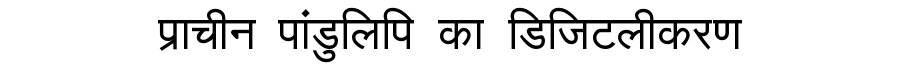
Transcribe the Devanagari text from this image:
प्राचीन पांडुलिपि का डिजिटलीकरण